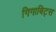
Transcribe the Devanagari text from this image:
गिगाबिट्स